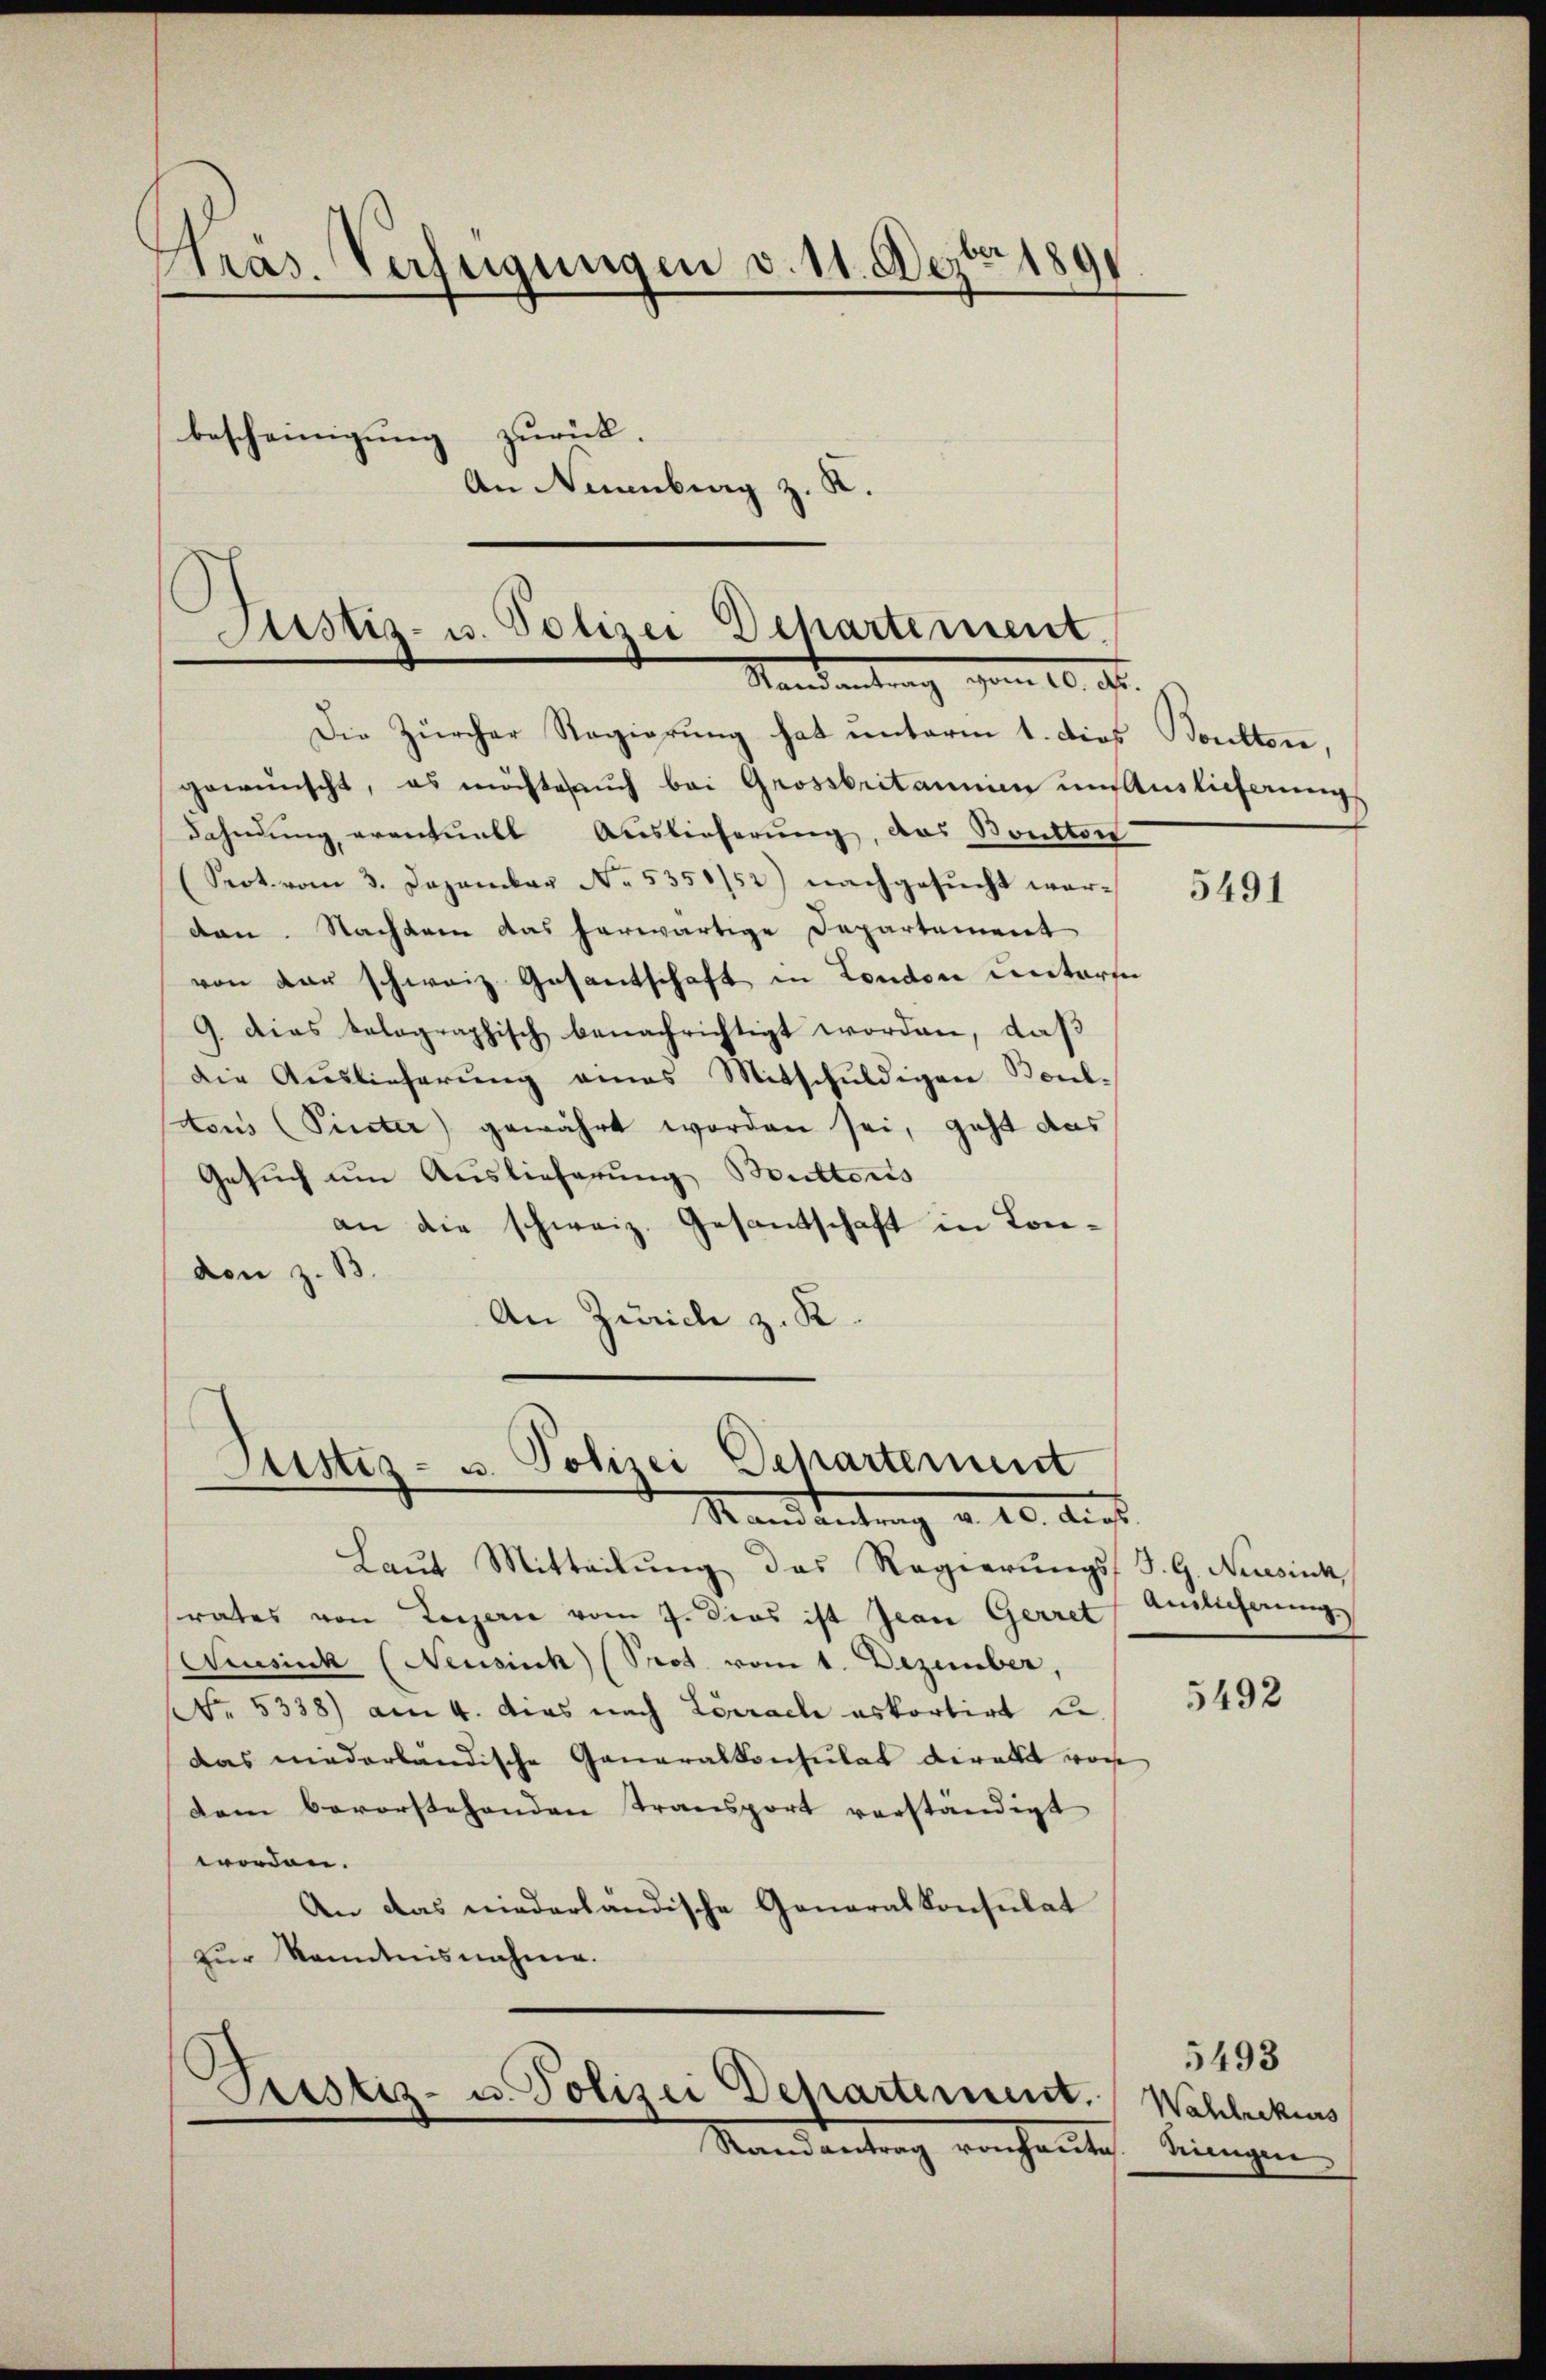
Kräs. Verfügungen v. 11. Dezbr. 1891
bescheinigung zurück.
An Neuenburg z. K.

gewünscht, es möchtesauch bei Grossbritannien um Auslieferungs
Fahndung eventuell Auslieferung, das Boutter
(Srot. vom 3. Dezember No. 5350/52) nachgesucht worden. Nachdem das herwärtige Departement
von der schweiz. Gesantschaft in London untersu
9. dies kolographisch benachrichtigt worden, daß
Die Auslieferung eines Mitschuldigen Boul-
tous (Pinter gewährt worden sei, geht das
Gesuch um Auslieferung Butters
an die schweiz. Gesantschaft in Londen z. B.
An Zürich z. K.

Sistiz- u. Polizei Departement.
Standentrag vom 10. ds.

Die Zürcher Regierung hat unterm 1. dies Kontton,

Justiz- u. Polizei Departement
Mandantung a. 10. Aust

Laut Mitteilung das Regierungs J. G. Nursink
rates von Luzern vom 7. Dies ist Jean Gerret
Niusick (Neusisch (Prot. vom 1. Dezember,
No. 5338) am 4. das nach Lörrach askortirt u.
das niederländische Generalkonsulat direkt von
dem bevorstehenden Transport verständigt
worden.
An das niederländische Generalkonsulat
zur Kenntnisnahme.

Prustiz- u. Polizei Departement.

Mandantung vorhande

5491

Amlicherung

5492

Wahlrekurs
ningen

5493